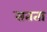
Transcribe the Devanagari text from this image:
सतता